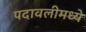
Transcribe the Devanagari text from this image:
पदावलीमध्ये